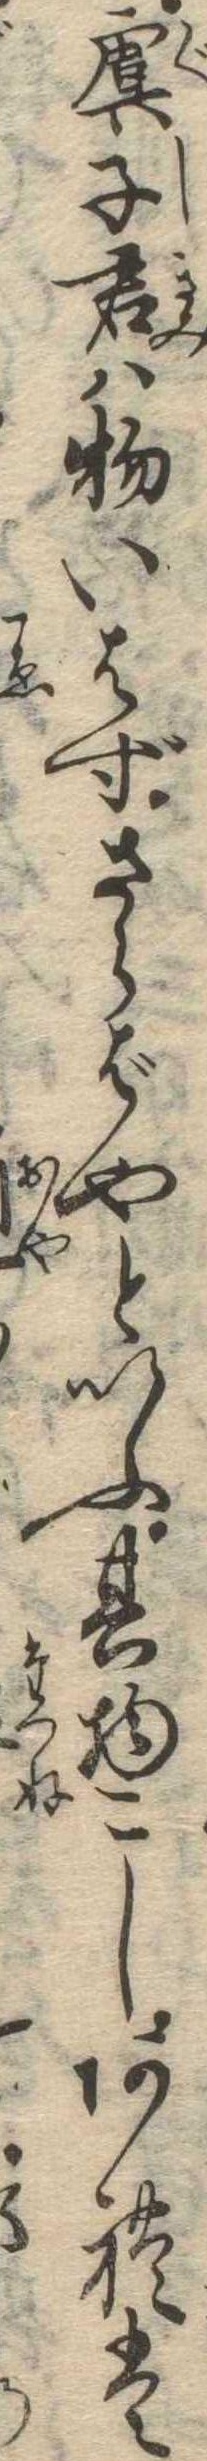
虞子君は物いはずさらばやといふ其物こしあれは